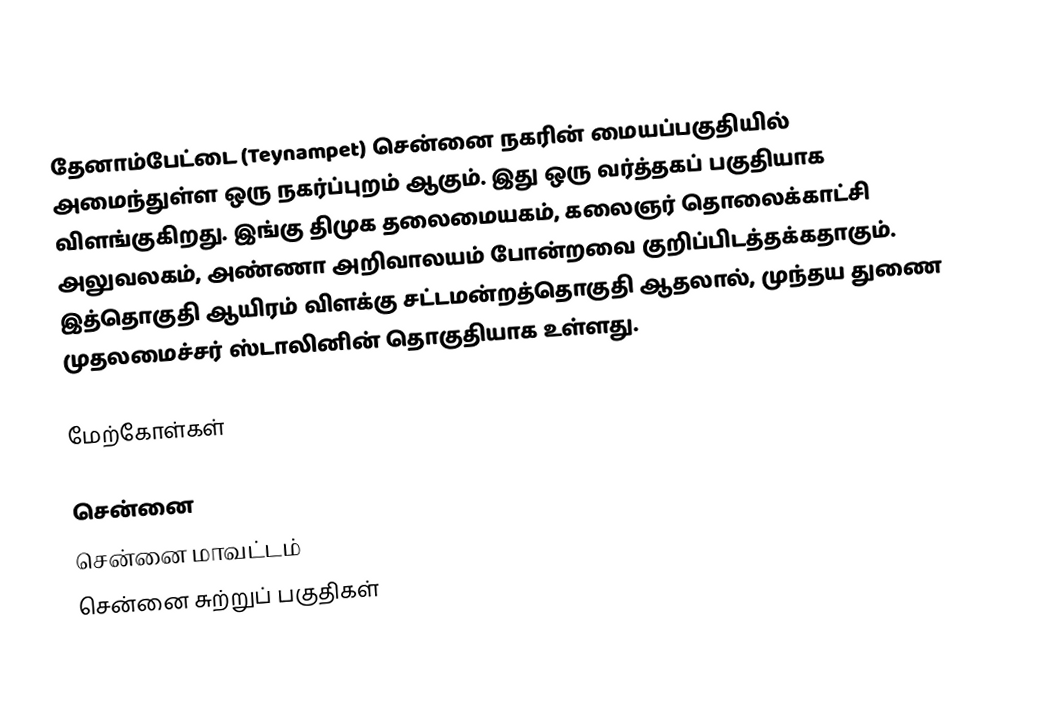
தேனாம்பேட்டை (Teynampet) சென்னை நகரின் மையப்பகுதியில் அமைந்துள்ள ஒரு நகர்ப்புறம் ஆகும். இது ஒரு வர்த்தகப் பகுதியாக விளங்குகிறது. இங்கு திமுக தலைமையகம், கலைஞர் தொலைக்காட்சி அலுவலகம், அண்ணா அறிவாலயம் போன்றவை குறிப்பிடத்தக்கதாகும். இத்தொகுதி ஆயிரம் விளக்கு சட்டமன்றத்தொகுதி ஆதலால், முந்தய துணை முதலமைச்சர் ஸ்டாலினின் தொகுதியாக உள்ளது.

மேற்கோள்கள்

சென்னை
சென்னை மாவட்டம்
சென்னை சுற்றுப் பகுதிகள்